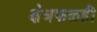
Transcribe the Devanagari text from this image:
क्षेत्रफळही